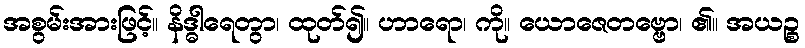
အစွမ်းအားဖြင့်။ နိဒ္ဓါရေတွာ၊ ထုတ်၍။ ဟာရော၊ ကို။ ယောဇေတဗ္ဗော၊ ၏။ အယဉ္စ